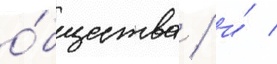
о́бщества / и́ /